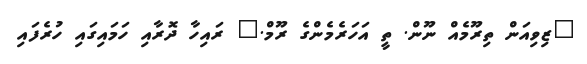
"ޒިވިއަން ތިރޫމެއް ނޫން. ތީ އަހަރެމެންގެ ރޫމް." ރައިހާ ދޮރާއި ހަމައިގައި ހުރެފައި